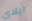
ايلاي